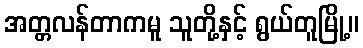
အတ္တလန်တာကမူ သူတို့နှင့် ရွယ်တူမြို့။